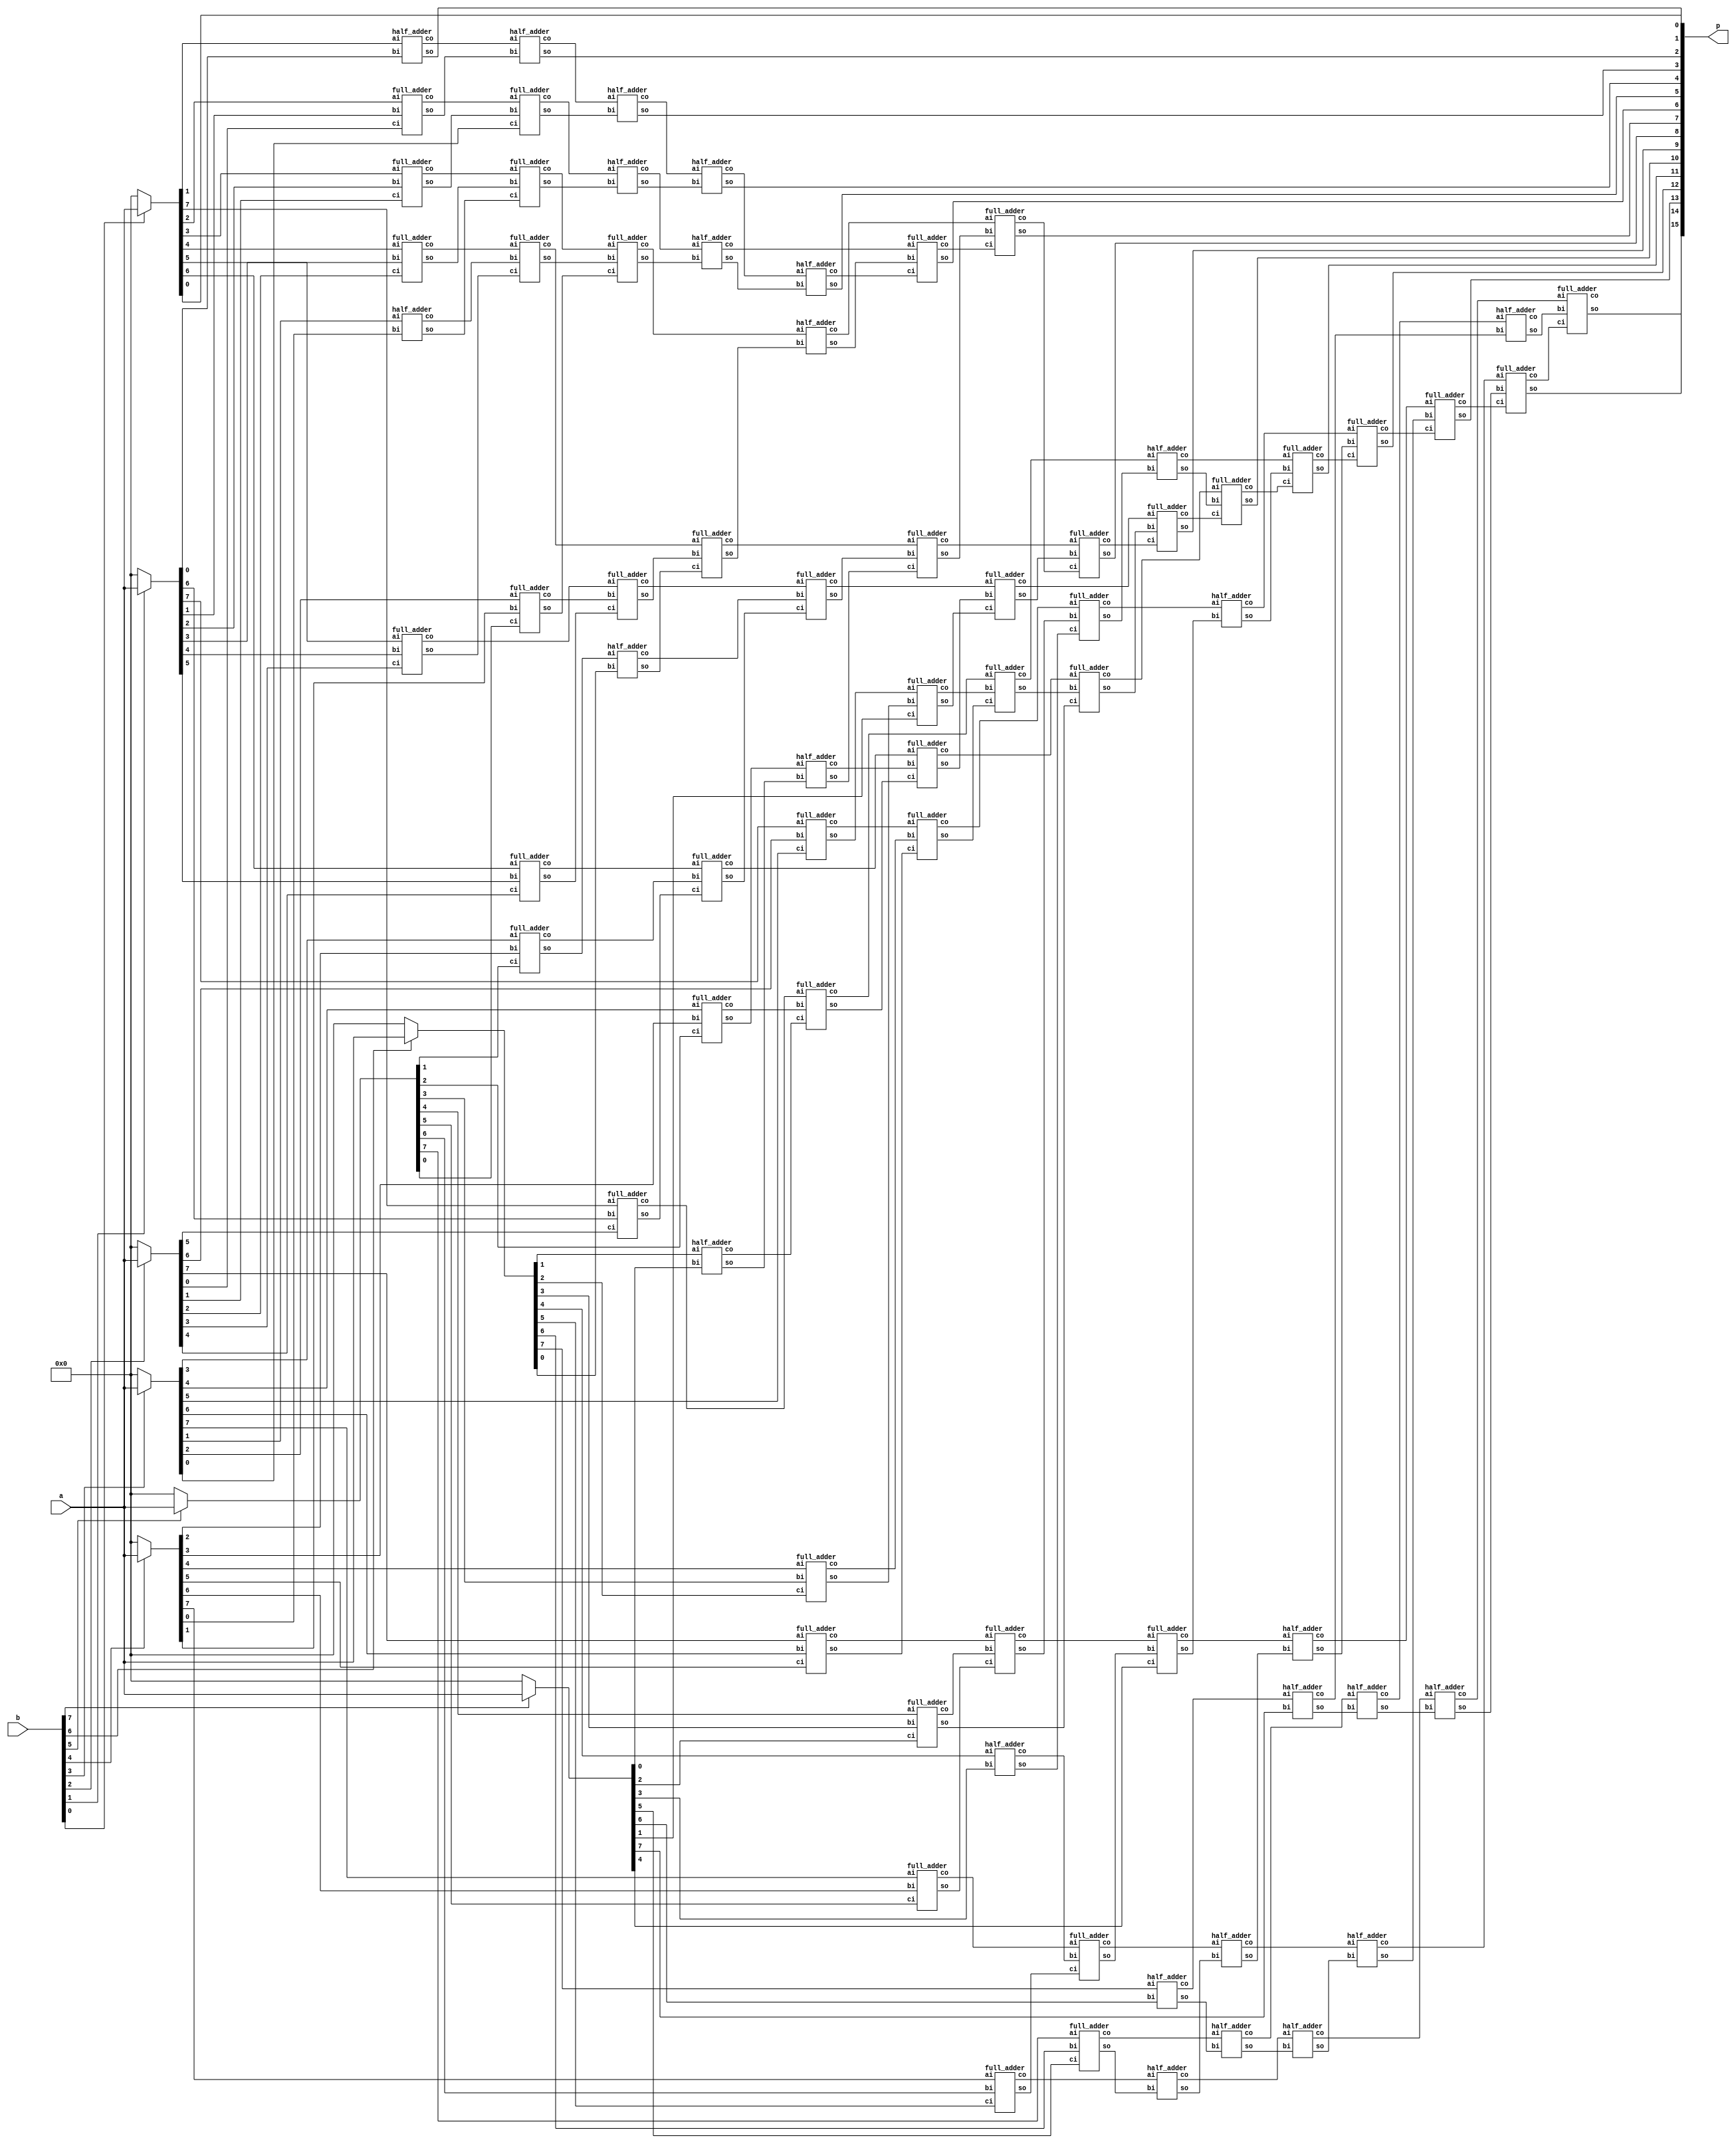
/*Wallace Tree Based Multiplier
ACA course Oct 2012
Ramyad Hadidi 88109971
*/

`timescale 1ns/1ns

module parallel_unsigned_mult
	(
		a,			//input1 8bit unsigned
		b,			//input2 8bit unsigned
		p			//output 16bit unsigned
	);
					//inital for HW
					initial
					begin
						$display("ACA Project1 \n Ramyad Hadidi-88109971");
					end
	//parameters and definitions
	input [7:0]a;
	input [7:0]b;
	output [15:0] p;
	
	//Vars
	integer k;
	reg [7:0] L1 [7:0];		//for first layer
	wire [14:0] L2_0;		//consti. for second layer
	wire [12:0] L2_1;
	wire [8:0] L2_2;
	wire [6:0] L2_3;
	wire [2:0] L2_4;
	wire [0:0] L2_5;
	wire [15:0] L3_0;		//consti. for third layer
	wire [11:0] L3_1;
	wire [6:0] L3_2;
	wire [2:0] L3_3;
	wire [15:0] L4_0;		//consti. for forth layer
	wire [11:0] L4_1;
	wire [2:0] L4_2;
	wire [16:0] L5_0;		//consti. for fifth layer
	wire [10:0] L5_1;
	wire [17:0] L6_0;		//consti. for sixth layer (addition)
	wire [10:0]	L6_1;
	
		
	//***CODE
	//---first layer-8layer-all and
	always @(a,b)
		for (k=0; k<=7; k=k+1)
		begin
			if (b[k]==1)
				L1[k]=a;
			else
				L1[k]=8'b0;
		end
		
	//---second layer-wallace
	//full_adder(.ai(L1[][]), .bi(L1[][]), .ci(L1[][]), .so(L2_?[]), .co(L2_?[]));
	//half_adder(.ai(L1[][]), .bi(L1[][]), .so(L2_?[]), .co(L2_?[]));
	//assign L2_?[]=L1[][];
	//1st col.
	assign L2_0[0]=L1[0][0];
	//2nd col.
	half_adder a1(.ai(L1[0][1]), .bi(L1[1][0]), .so(L2_0[1]), .co(L2_0[2]));
	//3rd col.
	full_adder a2(.ai(L1[0][2]), .bi(L1[1][1]), .ci(L1[2][0]), .so(L2_1[0]), .co(L2_0[3]));
	//4th col.
	full_adder a3(.ai(L1[0][3]), .bi(L1[1][2]), .ci(L1[2][1]), .so(L2_1[1]), .co(L2_0[4]));
	assign L2_2[0]=L1[3][0];
	//5th col.
	full_adder a4(.ai(L1[0][4]), .bi(L1[1][3]), .ci(L1[2][2]), .so(L2_1[2]), .co(L2_0[5]));
	half_adder a5(.ai(L1[3][1]), .bi(L1[4][0]), .so(L2_2[1]), .co(L2_1[3]));
	//6th col.
	full_adder a6(.ai(L1[0][5]), .bi(L1[1][4]), .ci(L1[2][3]), .so(L2_2[2]), .co(L2_0[6]));
	full_adder a7(.ai(L1[3][2]), .bi(L1[4][1]), .ci(L1[5][0]), .so(L2_3[0]), .co(L2_1[4]));
	//7th col.
	full_adder a9(.ai(L1[0][6]), .bi(L1[1][5]), .ci(L1[2][4]), .so(L2_2[3]), .co(L2_0[7]));
	full_adder a10(.ai(L1[3][3]), .bi(L1[4][2]), .ci(L1[5][1]), .so(L2_3[1]), .co(L2_1[5]));
	assign L2_4[0]=L1[6][0];
	//8th col.
	full_adder a11(.ai(L1[0][7]), .bi(L1[1][6]), .ci(L1[2][5]), .so(L2_2[4]), .co(L2_0[8]));
	full_adder a12(.ai(L1[3][4]), .bi(L1[4][3]), .ci(L1[5][2]), .so(L2_3[2]), .co(L2_1[6]));
	half_adder a13(.ai(L1[6][1]), .bi(L1[7][0]), .so(L2_4[1]), .co(L2_2[5]));
	//9th col.
	full_adder a14(.ai(L1[1][7]), .bi(L1[2][6]), .ci(L1[3][5]), .so(L2_3[3]), .co(L2_0[9]));
	full_adder a15(.ai(L1[4][4]), .bi(L1[5][3]), .ci(L1[6][2]), .so(L2_4[2]), .co(L2_1[7]));
	assign L2_5[0]=L1[7][1];
	//10th col.
	full_adder a16(.ai(L1[2][7]), .bi(L1[3][6]), .ci(L1[4][5]), .so(L2_2[6]), .co(L2_0[10]));
	full_adder a17(.ai(L1[5][4]), .bi(L1[6][3]), .ci(L1[7][2]), .so(L2_3[4]), .co(L2_1[8]));
	//11th col.
	full_adder a18(.ai(L1[3][7]), .bi(L1[4][6]), .ci(L1[5][5]), .so(L2_2[7]), .co(L2_0[11]));
	half_adder a19(.ai(L1[6][4]), .bi(L1[7][3]), .so(L2_3[5]), .co(L2_1[9]));
	//12th col.
	full_adder a20(.ai(L1[4][7]), .bi(L1[5][6]), .ci(L1[6][5]), .so(L2_2[8]), .co(L2_0[12]));
	assign L2_3[6]=L1[7][4];
	//13th col.
	full_adder a21(.ai(L1[5][7]), .bi(L1[6][6]), .ci(L1[7][5]), .so(L2_1[10]), .co(L2_0[13]));
	//14th col.
	half_adder a22(.ai(L1[6][7]), .bi(L1[7][6]), .so(L2_1[11]), .co(L2_0[14]));
	//15th col.
	assign L2_1[12]=L1[7][7];
	
	//---third layer-wallace
	//full_adder(.ai(L2_?[]), .bi(L2_?[]), .ci(L2_?[]), .so(L3_?[]), .co(L3_?[]));
	//half_adder(.ai(L2_?[]), .bi(L2_?[]), .so(L3_?[]), .co(L3_?[]));
	//assign L3_?[]=L2_?[];
	//1st col.
	assign L3_0[0]=L2_0[0];
	//2nd col.
	assign L3_0[1]=L2_0[1];
	//3rd col.
	half_adder b1(.ai(L2_0[2]), .bi(L2_1[0]), .so(L3_0[2]), .co(L3_0[3]));
	//4th col.
	full_adder b2(.ai(L2_0[3]), .bi(L2_1[1]), .ci(L2_2[0]), .so(L3_1[0]), .co(L3_0[4]));
	//5th col.
	full_adder b3(.ai(L2_0[4]), .bi(L2_1[2]), .ci(L2_2[1]), .so(L3_1[1]), .co(L3_0[5]));
	//6th col.
	full_adder b4(.ai(L2_0[5]), .bi(L2_1[3]), .ci(L2_2[2]), .so(L3_1[2]), .co(L3_0[6]));
	assign L3_2[0]=L2_3[0];
	//7th col.
	full_adder b5(.ai(L2_0[6]), .bi(L2_1[4]), .ci(L2_2[3]), .so(L3_1[3]), .co(L3_0[7]));
	half_adder b6(.ai(L2_3[1]), .bi(L2_4[0]), .so(L3_2[1]), .co(L3_1[4]));
	//8th col.
	full_adder b7(.ai(L2_0[7]), .bi(L2_1[5]), .ci(L2_2[4]), .so(L3_2[2]), .co(L3_0[8]));
	half_adder b8(.ai(L2_3[2]), .bi(L2_4[1]), .so(L3_3[0]), .co(L3_1[5]));
	//9th col.
	full_adder b9(.ai(L2_0[8]), .bi(L2_1[6]), .ci(L2_2[5]), .so(L3_2[3]), .co(L3_0[9]));
	full_adder b10(.ai(L2_3[3]), .bi(L2_4[2]), .ci(L2_5[0]), .so(L3_3[1]), .co(L3_1[6]));
	//10th col.
	full_adder b11(.ai(L2_0[9]), .bi(L2_1[7]), .ci(L2_2[6]), .so(L3_2[4]), .co(L3_0[10]));
	assign L3_3[2]=L2_3[4];
	//11th col.
	full_adder b12(.ai(L2_0[10]), .bi(L2_1[8]), .ci(L2_2[7]), .so(L3_1[7]), .co(L3_0[11]));
	assign L3_2[5]=L2_3[5];
	//12th col.
	full_adder b13(.ai(L2_0[11]), .bi(L2_1[9]), .ci(L2_2[8]), .so(L3_1[8]), .co(L3_0[12]));
	assign L3_2[6]=L2_3[6];
	//13th col.
	half_adder b14(.ai(L2_0[12]), .bi(L2_1[10]), .so(L3_1[9]), .co(L3_0[13]));
	//14th col.
	half_adder b15(.ai(L2_0[13]), .bi(L2_1[11]), .so(L3_1[10]), .co(L3_0[14]));
	//15th col.
	half_adder b16(.ai(L2_0[14]), .bi(L2_1[12]), .so(L3_1[11]), .co(L3_0[15]));
	
	//---forth layer-wallace
	//full_adder(.ai(L3_?[]), .bi(L3_?[]), .ci(L3_?[]), .so(L4_?[]), .co(L4_?[]));
	//half_adder(.ai(L3_?[]), .bi(L3_?[]), .so(L4_?[]), .co(L4_?[]));
	//assign L4_?[]=L3_?[];
	//1st col.
	assign L4_0[0]=L3_0[0];
	//2nd col.
	assign L4_0[1]=L3_0[1];
	//3rd col.
	assign L4_0[2]=L3_0[2];
	//4th col.
	half_adder c1(.ai(L3_0[3]), .bi(L3_1[0]), .so(L4_0[3]), .co(L4_0[4]));
	//5th col.
	half_adder c2(.ai(L3_0[4]), .bi(L3_1[1]), .so(L4_1[0]), .co(L4_0[5]));
	//6th col.
	full_adder c3(.ai(L3_0[5]), .bi(L3_1[2]), .ci(L3_2[0]), .so(L4_1[1]), .co(L4_0[6]));
	//7th col.
	full_adder c4(.ai(L3_0[6]), .bi(L3_1[3]), .ci(L3_2[1]), .so(L4_1[2]), .co(L4_0[7]));
	//8th col.
	full_adder c5(.ai(L3_0[7]), .bi(L3_1[4]), .ci(L3_2[2]), .so(L4_1[3]), .co(L4_0[8]));
	assign L4_2[0]=L3_3[0];
	//9th col.
	full_adder c6(.ai(L3_0[8]), .bi(L3_1[5]), .ci(L3_2[3]), .so(L4_1[4]), .co(L4_0[9]));
	assign L4_2[1]=L3_3[1];
	//10th col.
	full_adder c7(.ai(L3_0[9]), .bi(L3_1[6]), .ci(L3_2[4]), .so(L4_1[5]), .co(L4_0[10]));
	assign L4_2[2]=L3_3[2];
	//11th col.
	full_adder c8(.ai(L3_0[10]), .bi(L3_1[7]), .ci(L3_2[5]), .so(L4_1[6]), .co(L4_0[11]));
	//12th col.
	full_adder c9(.ai(L3_0[11]), .bi(L3_1[8]), .ci(L3_2[6]), .so(L4_1[7]), .co(L4_0[12]));
	//13th col.
	half_adder c10(.ai(L3_0[12]), .bi(L3_1[9]), .so(L4_1[8]), .co(L4_0[13]));
	//14th col.
	half_adder c11(.ai(L3_0[13]), .bi(L3_1[10]), .so(L4_1[9]), .co(L4_0[14]));
	//15th col.
	half_adder c12(.ai(L3_0[14]), .bi(L3_1[11]), .so(L4_1[10]), .co(L4_0[15]));
	//16th col.
	assign L4_1[11]=L3_0[15];
	
	//---fifth layer-wallace
	//full_adder(.ai(L4_?[]), .bi(L4_?[]), .ci(L4_?[]), .so(L5_?[]), .co(L5_?[]));
	//half_adder(.ai(L4_?[]), .bi(L4_?[]), .so(L5_?[]), .co(L5_?[]));
	//assign L5_?[]=L4_?[];
	//1st col.
	assign L5_0[0]=L4_0[0];
	//2nd col.
	assign L5_0[1]=L4_0[1];
	//3rd col.
	assign L5_0[2]=L4_0[2];
	//4th col.
	assign L5_0[3]=L4_0[3];
	//5th col.
	half_adder d1(.ai(L4_0[4]), .bi(L4_1[0]), .so(L5_0[4]), .co(L5_0[5]));
	//6th col.
	half_adder d2(.ai(L4_0[5]), .bi(L4_1[1]), .so(L5_1[0]), .co(L5_0[6]));
	//7th col.
	half_adder d3(.ai(L4_0[6]), .bi(L4_1[2]), .so(L5_1[1]), .co(L5_0[7]));
	//8th col.
	full_adder d4(.ai(L4_0[7]), .bi(L4_1[3]), .ci(L4_2[0]), .so(L5_1[2]), .co(L5_0[8]));
	//9th col.
	full_adder d5(.ai(L4_0[8]), .bi(L4_1[4]), .ci(L4_2[1]), .so(L5_1[3]), .co(L5_0[9]));
	//10th col.
	full_adder d6(.ai(L4_0[9]), .bi(L4_1[5]), .ci(L4_2[2]), .so(L5_1[4]), .co(L5_0[10]));
	//11th col.
	half_adder d7(.ai(L4_0[10]), .bi(L4_1[6]), .so(L5_1[5]), .co(L5_0[11]));
	//12th col.
	half_adder d8(.ai(L4_0[11]), .bi(L4_1[7]), .so(L5_1[6]), .co(L5_0[12]));
	//13th col.
	half_adder d9(.ai(L4_0[12]), .bi(L4_1[8]), .so(L5_1[7]), .co(L5_0[13]));
	//14th col.
	half_adder d10(.ai(L4_0[13]), .bi(L4_1[9]), .so(L5_1[8]), .co(L5_0[14]));
	//15th col.
	half_adder d11(.ai(L4_0[14]), .bi(L4_1[10]), .so(L5_1[9]), .co(L5_0[15]));
	//16th col.
	half_adder d12(.ai(L4_0[15]), .bi(L4_1[11]), .so(L5_1[10]), .co(L5_0[16]));
	
	//---sixth layer-Addition
	//full_adder(.ai(L5_?[]), .bi(L5_?[]), .ci(L5_?[]), .so(L6_?[]), .co(L6_?[]));
	//half_adder(.ai(L5_?[]), .bi(L5_?[]), .so(L6_?[]), .co(L6_?[]));
	//assign L6_?[]=L5_?[];
	//1st col.
	assign L6_0[0]=L5_0[0];
	//2nd col.
	assign L6_0[1]=L5_0[1];
	//3rd col.
	assign L6_0[2]=L5_0[2];
	//4th col.
	assign L6_0[3]=L5_0[3];
	//5th col.
	assign L6_0[4]=L5_0[4];
	//6th col.
	half_adder e1(.ai(L5_0[5]), .bi(L5_1[0]), .so(L6_0[5]), .co(L6_1[0]));
	//7th col.
	full_adder e2(.ai(L5_0[6]), .bi(L5_1[1]), .ci(L6_1[0]), .so(L6_0[6]), .co(L6_1[1]));
	//8th col.
	full_adder e3(.ai(L5_0[7]), .bi(L5_1[2]), .ci(L6_1[1]), .so(L6_0[7]), .co(L6_1[2]));
	//9th col.
	full_adder e4(.ai(L5_0[8]), .bi(L5_1[3]), .ci(L6_1[2]), .so(L6_0[8]), .co(L6_1[3]));
	//10th col.
	full_adder e5(.ai(L5_0[9]), .bi(L5_1[4]), .ci(L6_1[3]), .so(L6_0[9]), .co(L6_1[4]));
	//11th col.
	full_adder e6(.ai(L5_0[10]), .bi(L5_1[5]), .ci(L6_1[4]), .so(L6_0[10]), .co(L6_1[5]));
	//12th col.
	full_adder e7(.ai(L5_0[11]), .bi(L5_1[6]), .ci(L6_1[5]), .so(L6_0[11]), .co(L6_1[6]));
	//13th col.
	full_adder e8(.ai(L5_0[12]), .bi(L5_1[7]), .ci(L6_1[6]), .so(L6_0[12]), .co(L6_1[7]));
	//14th col.
	full_adder e9(.ai(L5_0[13]), .bi(L5_1[8]), .ci(L6_1[7]), .so(L6_0[13]), .co(L6_1[8]));
	//15th col.
	full_adder e10(.ai(L5_0[14]), .bi(L5_1[9]), .ci(L6_1[8]), .so(L6_0[14]), .co(L6_1[9]));
	//16th col.
	full_adder e11(.ai(L5_0[15]), .bi(L5_1[10]), .ci(L6_1[9]), .so(L6_0[15]), .co(L6_1[10]));
	//17th col.
	half_adder e12(.ai(L5_0[16]), .bi(L6_1[10]), .so(L6_0[16]), .co(L6_0[17]));
	
	//---output assignments
	//assign p[]=L6_0[];
	assign p[15:0]=L6_0[15:0];
	
	
endmodule
//---------------------------------------------------------------------------------
//half aader
 module half_adder(
        input ai,
        input bi,
        output so,
        output co
    );
        assign {co, so} = ai + bi;
endmodule
//---------------------------------------------------------------------------------
//full adder
module full_adder(
        input ai,
        input bi,
        input ci,
        output so,
        output co
    );
        assign {co, so} = ai + bi + ci;
endmodule